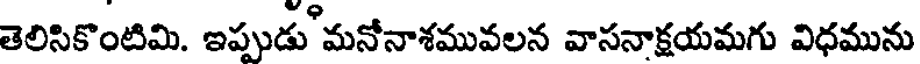
తెలిసికొంటిమి. ఇప్పుడు మనోనాశమువలన వాసనాక్షయమగు విధమును